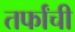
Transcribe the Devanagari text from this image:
तर्फांची